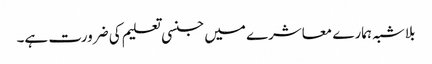
بلاشبہ ہمارے معاشرے میں جنسی تعلیم کی ضرورت ہے۔